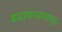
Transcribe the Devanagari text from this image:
बवउचनजमतद्ध